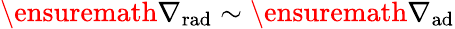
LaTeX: \ensuremath{\nabla_{\mathrm{{rad}}}}\sim\ensuremath{\nabla_{\mathrm{{ad}}}}